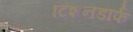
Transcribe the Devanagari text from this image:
टिशनडार्फ